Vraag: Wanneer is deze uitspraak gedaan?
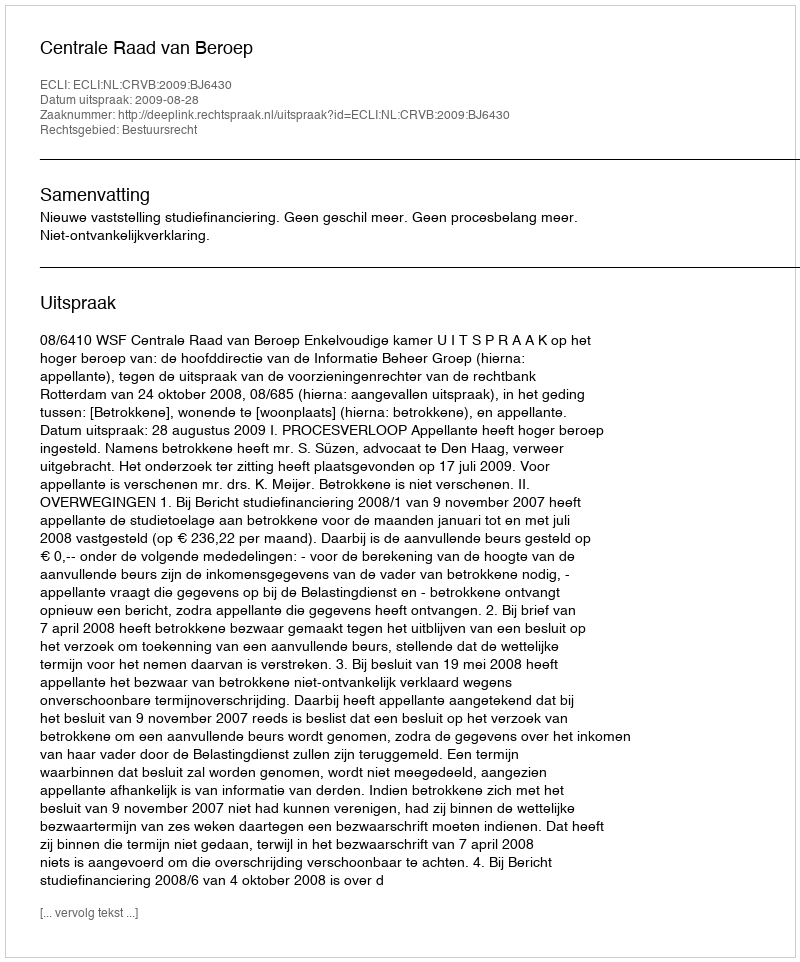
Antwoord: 2009-08-28